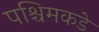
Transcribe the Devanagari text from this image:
पश्चिमकडे